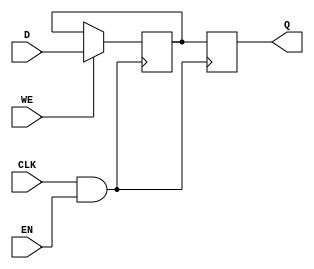
module clock_gating_memory_block (
    input wire CLK,      // Primary clock signal
    input wire EN,       // Enable signal for clock gating
    input wire [7:0] D,  // Data input for memory block
    input wire WE,       // Write enable signal
    output reg [7:0] Q   // Data output from memory block
);

    // Gated clock signal
    wire GCLK;

    // AND gate for clock gating
    assign GCLK = CLK & EN;

    // Memory block (simple register for demonstration)
    reg [7:0] memory;

    always @(posedge GCLK) begin
        if (WE) begin
            memory <= D;  // Write data to memory
        end
    end

    always @(posedge GCLK) begin
        Q <= memory;      // Read data from memory
    end

endmodule